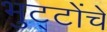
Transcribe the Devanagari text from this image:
भुट्टोंचे